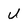
Character: U